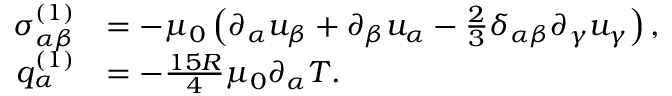
\begin{array} { r l } { \sigma _ { \alpha \beta } ^ { ( 1 ) } } & { = - \mu _ { 0 } \left( \partial _ { \alpha } u _ { \beta } + \partial _ { \beta } u _ { \alpha } - \frac { 2 } { 3 } \delta _ { \alpha \beta } \partial _ { \gamma } u _ { \gamma } \right) , } \\ { q _ { \alpha } ^ { ( 1 ) } } & { = - \frac { 1 5 R } { 4 } \mu _ { 0 } \partial _ { \alpha } T . } \end{array}